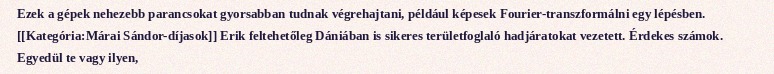
Ezek a gépek nehezebb parancsokat gyorsabban tudnak végrehajtani, például képesek Fourier-transzformálni egy lépésben. [[Kategória:Márai Sándor-díjasok]] Erik feltehetőleg Dániában is sikeres területfoglaló hadjáratokat vezetett. Érdekes számok. Egyedül te vagy ilyen,